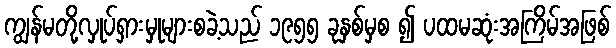
ကျွန်မတို့လှုပ်ရှားမှုများစခဲ့သည် ၁၉၅၅ ခုနှစ်မှစ ၍ ပထမဆုံးအကြိမ်အဖြစ်